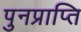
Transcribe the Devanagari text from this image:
पुनप्राप्ति